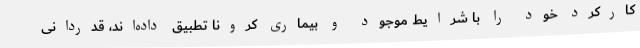
کارکرد خود را با شرایط موجود و بیماری کرونا تطبیق داده‌اند، قدردانی